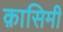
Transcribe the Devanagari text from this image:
क़ासिमी